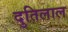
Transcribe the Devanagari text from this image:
दुतिलाल